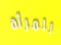
للمرأة